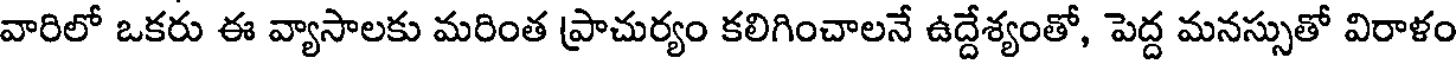
వారిలో ఒకరు ఈ వ్యాసాలకు మరింత ప్రాచుర్యం కలిగించాలనే ఉద్దేశ్యంతో, పెద్ద మనస్సుతో విరాళం